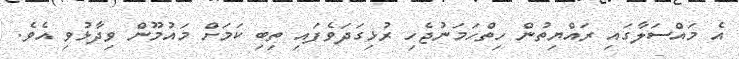
އެ މައްސަލާގައި ރައްޔިތުން ހިތްހަމަނުޖެހި ރުޅިގަދަވެފައި ތިބި ކަމަށް މައުމޫން ވިދާޅުވި އެވެ.